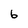
Character: 6